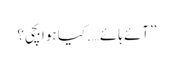
’’آئے ہائے….کیا ہوا بچی؟